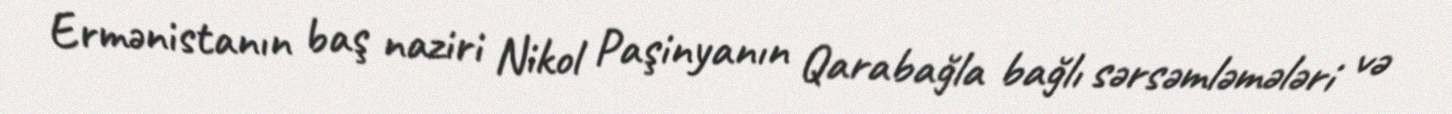
Ermənistanın baş naziri Nikol Paşinyanın Qarabağla bağlı sərsəmləmələri və